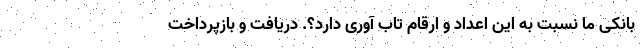
بانکی ما نسبت به این اعداد و ارقام تاب آوری دارد؟. دریافت و بازپرداخت